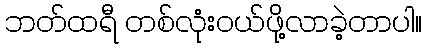
ဘတ်ထရီ တစ်လုံးဝယ်ဖို့လာခဲ့တာပါ။